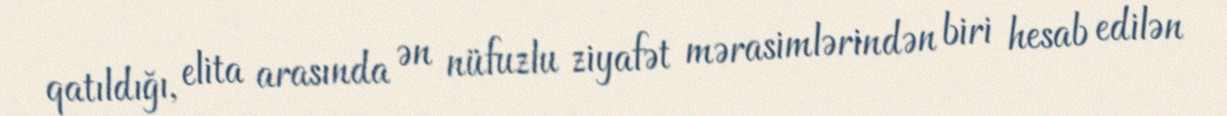
qatıldığı, elita arasında ən nüfuzlu ziyafət mərasimlərindən biri hesab edilən